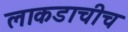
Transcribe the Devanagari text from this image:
लाकडाचीच